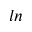
l n